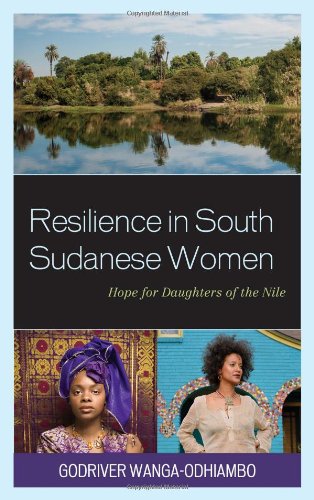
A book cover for Resilience in South Sudanese Women: Hope for Daughters of the Nile; Godriver Wanga-Odhiambo; History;